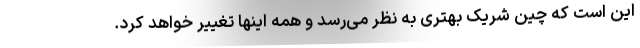
این است که چین شریک بهتری به نظر می‌رسد و همه اینها تغییر خواهد کرد.